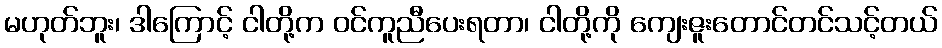
မဟုတ်ဘူး၊ ဒါကြောင့် ငါတို့က ဝင်ကူညီပေးရတာ၊ ငါတို့ကို ကျေးဇူးတောင်တင်သင့်တယ်